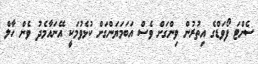
ސެންޓަ ފޯވަޑްގެ އިތުރުން ވިންގަށް ވެސް އަބަމަޔަންގަށް ކުޅެވުމަކީ އޭނައާމެދު ވެން ހާލް